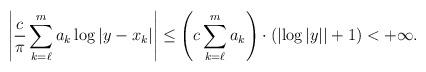
LaTeX: \begin{align*}\left| \frac{c}{\pi} \sum_{k=\ell}^{m} a_k \log|y-x_k| \right| \leq \left( c\sum_{k = \ell}^{m} a_k \right) \cdot \left( \left| \log|y| \right| + 1 \right)<+\infty. \end{align*}